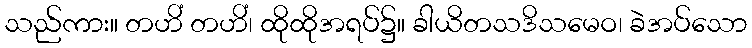
သည်ကား။ တဟိံ တဟိံ၊ ထိုထိုအရပ်၌။ ခါယိတသဒိသမေဝ၊ ခဲအပ်သော